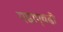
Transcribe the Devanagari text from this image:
गडाएवढी